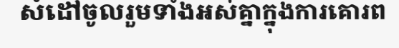
សំដៅចូលរួមទាំងអស់គ្នាក្នុងការគោរព